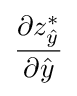
{\frac {\partial z_{\hat {y}}^{*}}{\partial {\hat {y}}}}